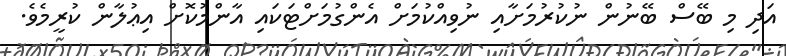
އަދި މި ބޭސް ބޭނުން ނުކުރުމަށާއި ނުވިއްކުމަށް އެންގުމަށްޓަކައި އާންމުކޮށް އިޢުލާން ކުރީމެވެ.